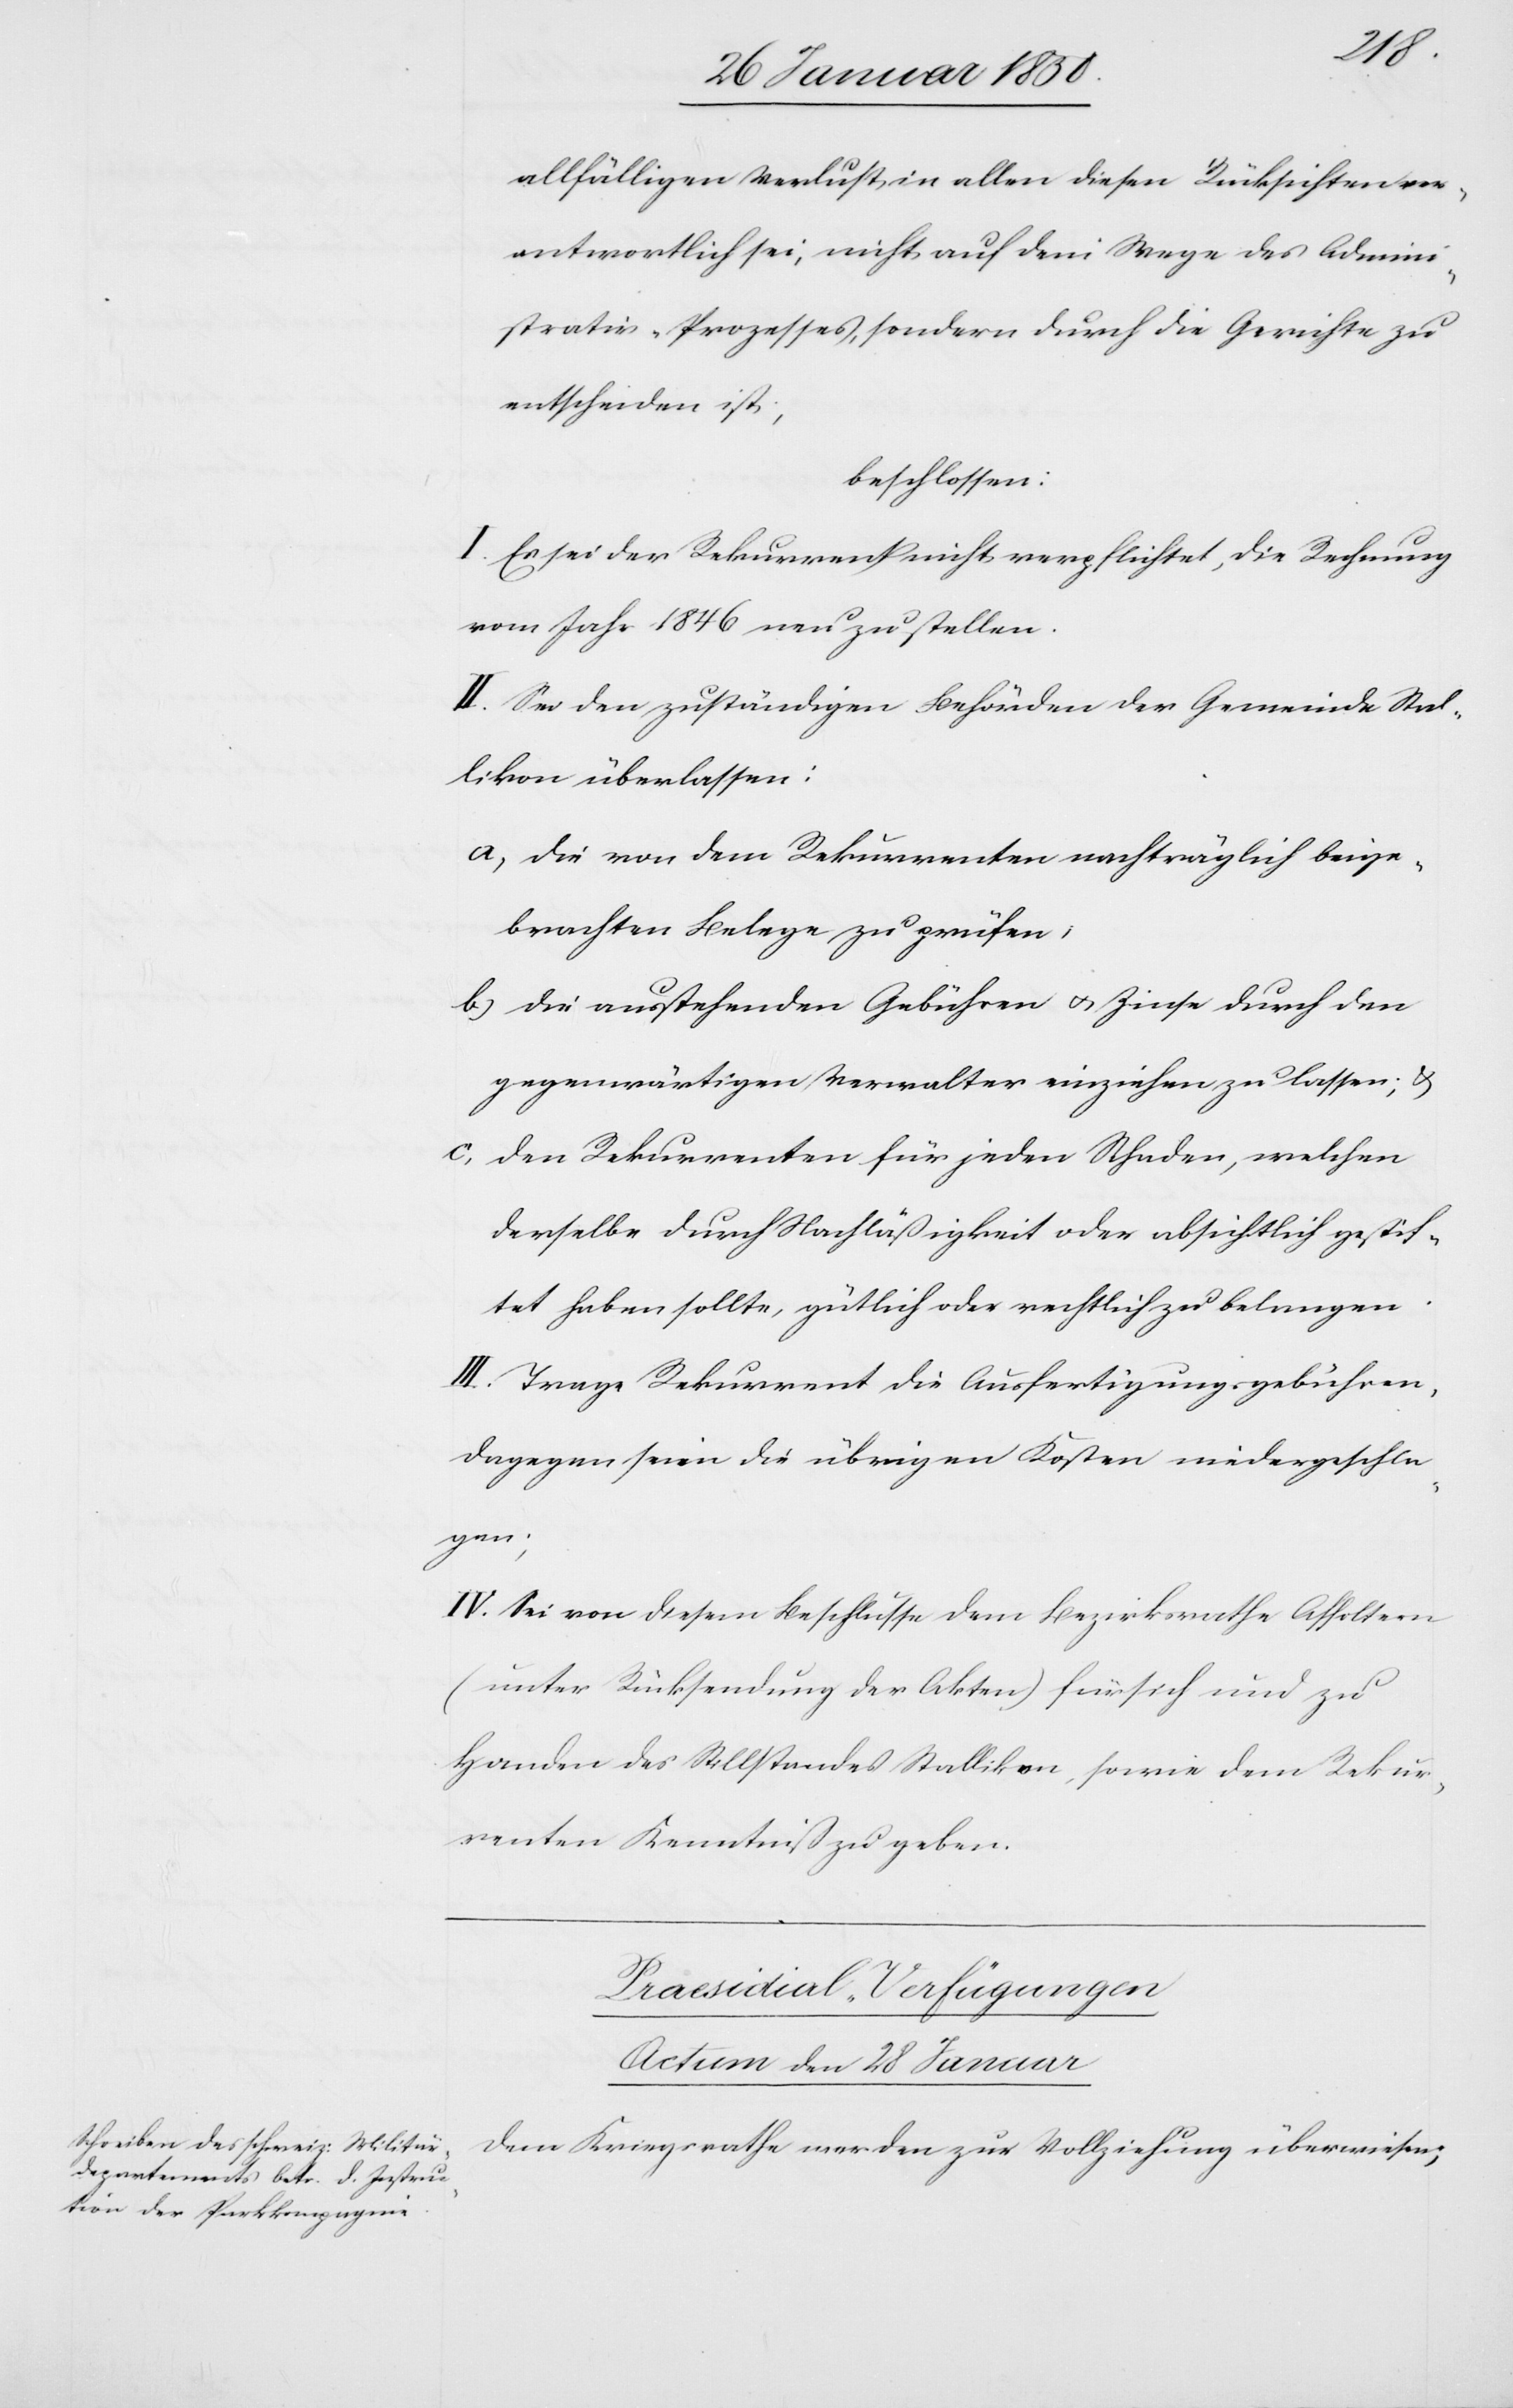
allfälligen Verlust in allen diesen Rücksichten ver¬
antwortlich sei, nicht auf dem Wege des Admini¬
strativ-Prozesses, sondern durch die Gerichte zu
entscheiden ist;
beschlossen:
I. Es sei der Rekurrent nicht verpflichtet, die Rechnung
vom Jahr 1846 neu zu stellen.
II. Sei den zuständigen Behörden der Gemeinde Stal¬
likon überlassen:
a, die von dem Rekurrenten nachträglich beige¬
brachten Belege zu prüfen;
b, die ausstehenden Gebühren u. Zinse durch den
gegenwärtigen Verwalter einziehen zu lassen; u.
c, den Rekurrenten für jeden Schaden, welchen
derselbe durch Nachläßigkeit oder absichtlich gesich¬
tet haben sollte, gütlich oder rechtlich zu belangen.
III. Trage Rekurrent die Ausfertigungsgebühren,
dagegen seien die übrigen Kosten niedergeschla¬
gen;
IV. Sei von diesem Beschlusse dem Bezirksrathe Affoltern
(unter Rücksendung der Akten) für sich und zu
Handen des Stillstandes Stallikon, sowie dem Rekur¬
renten Kenntniß zu geben
Praesidial-Verfügungen
Actum den 28 Januar
Dem Kriegsrathe werden zur Vollziehung überwiesen;